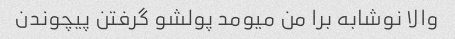
والا نوشابه برا من میومد پولشو گرفتن پیچوندن